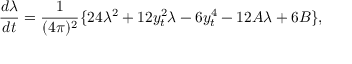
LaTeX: \frac { d \lambda } { d t } = \frac { 1 } { ( 4 \pi ) ^ { 2 } } \{ 2 4 \lambda ^ { 2 } + 1 2 y _ { t } ^ { 2 } \lambda - 6 y _ { t } ^ { 4 } - 1 2 A \lambda + 6 B \} ,